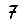
Digit: 7